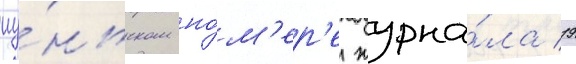
иу́ньском но́м'ер'е журна́ла 19